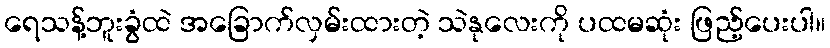
ရေသန့်ဘူးခွံထဲ အခြောက်လှမ်းထားတဲ့ သဲနုလေးကို ပထမဆုံး ဖြည့်ပေးပါ။